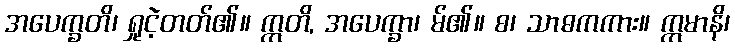
အပေက္ခတိ၊ ရှုငဲ့တတ်၏။ ဣတိ, အပေက္ခာ၊ မ်၏။ စ၊ သာဓကကား။ ဣမာနိ၊